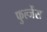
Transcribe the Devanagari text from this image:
फुल्जेंस